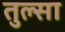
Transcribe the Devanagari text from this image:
तुल्सा